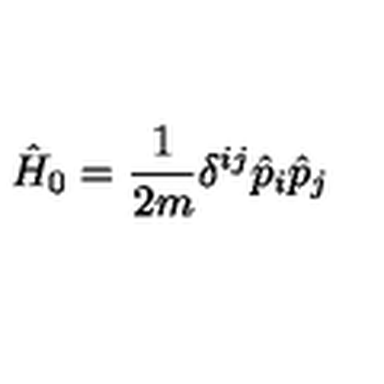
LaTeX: \hat { H } _ { 0 } = \frac { 1 } { 2 m } \delta ^ { i j } \hat { p } _ { i } \hat { p } _ { j }